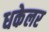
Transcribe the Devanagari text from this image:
धकेलर